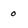
Character: o